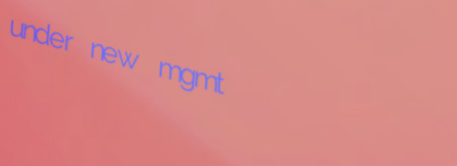
under new mgmt